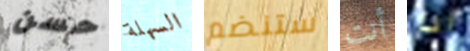
حسن السهلة ستنضم أنت انا